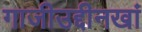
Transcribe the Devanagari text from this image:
गाजीउद्दीनखां